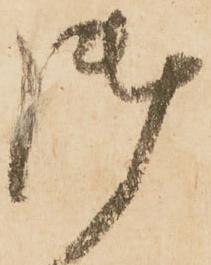
御